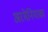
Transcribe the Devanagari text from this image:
अरमेनियाका